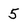
Character: 5